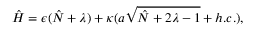
\hat { H } = \epsilon ( \hat { N } + \lambda ) + \kappa ( a \sqrt { \hat { N } + 2 \lambda - 1 } + h . c . ) ,